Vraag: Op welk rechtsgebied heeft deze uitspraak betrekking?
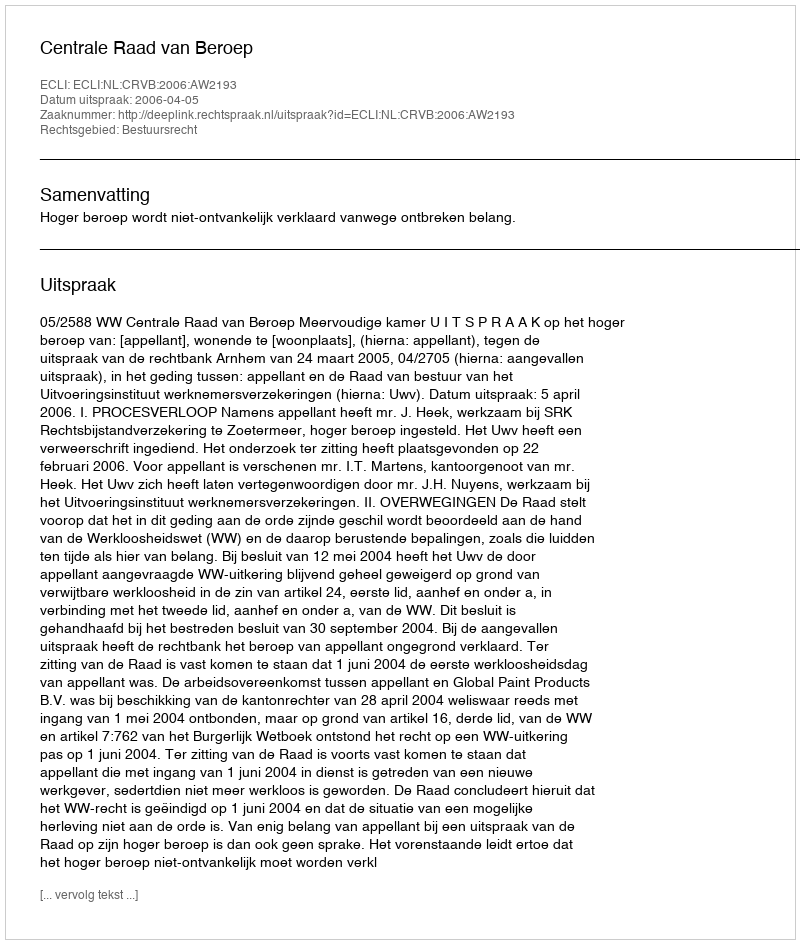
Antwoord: Bestuursrecht